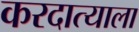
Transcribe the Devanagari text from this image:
करदात्याला